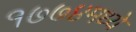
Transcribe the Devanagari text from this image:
१७७४मध्ये